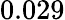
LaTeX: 0.029